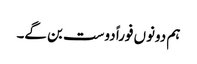
ہم دونوں فوراً دوست بن گے۔